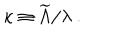
\kappa \equiv { \widetilde \Lambda } / \lambda ~ .